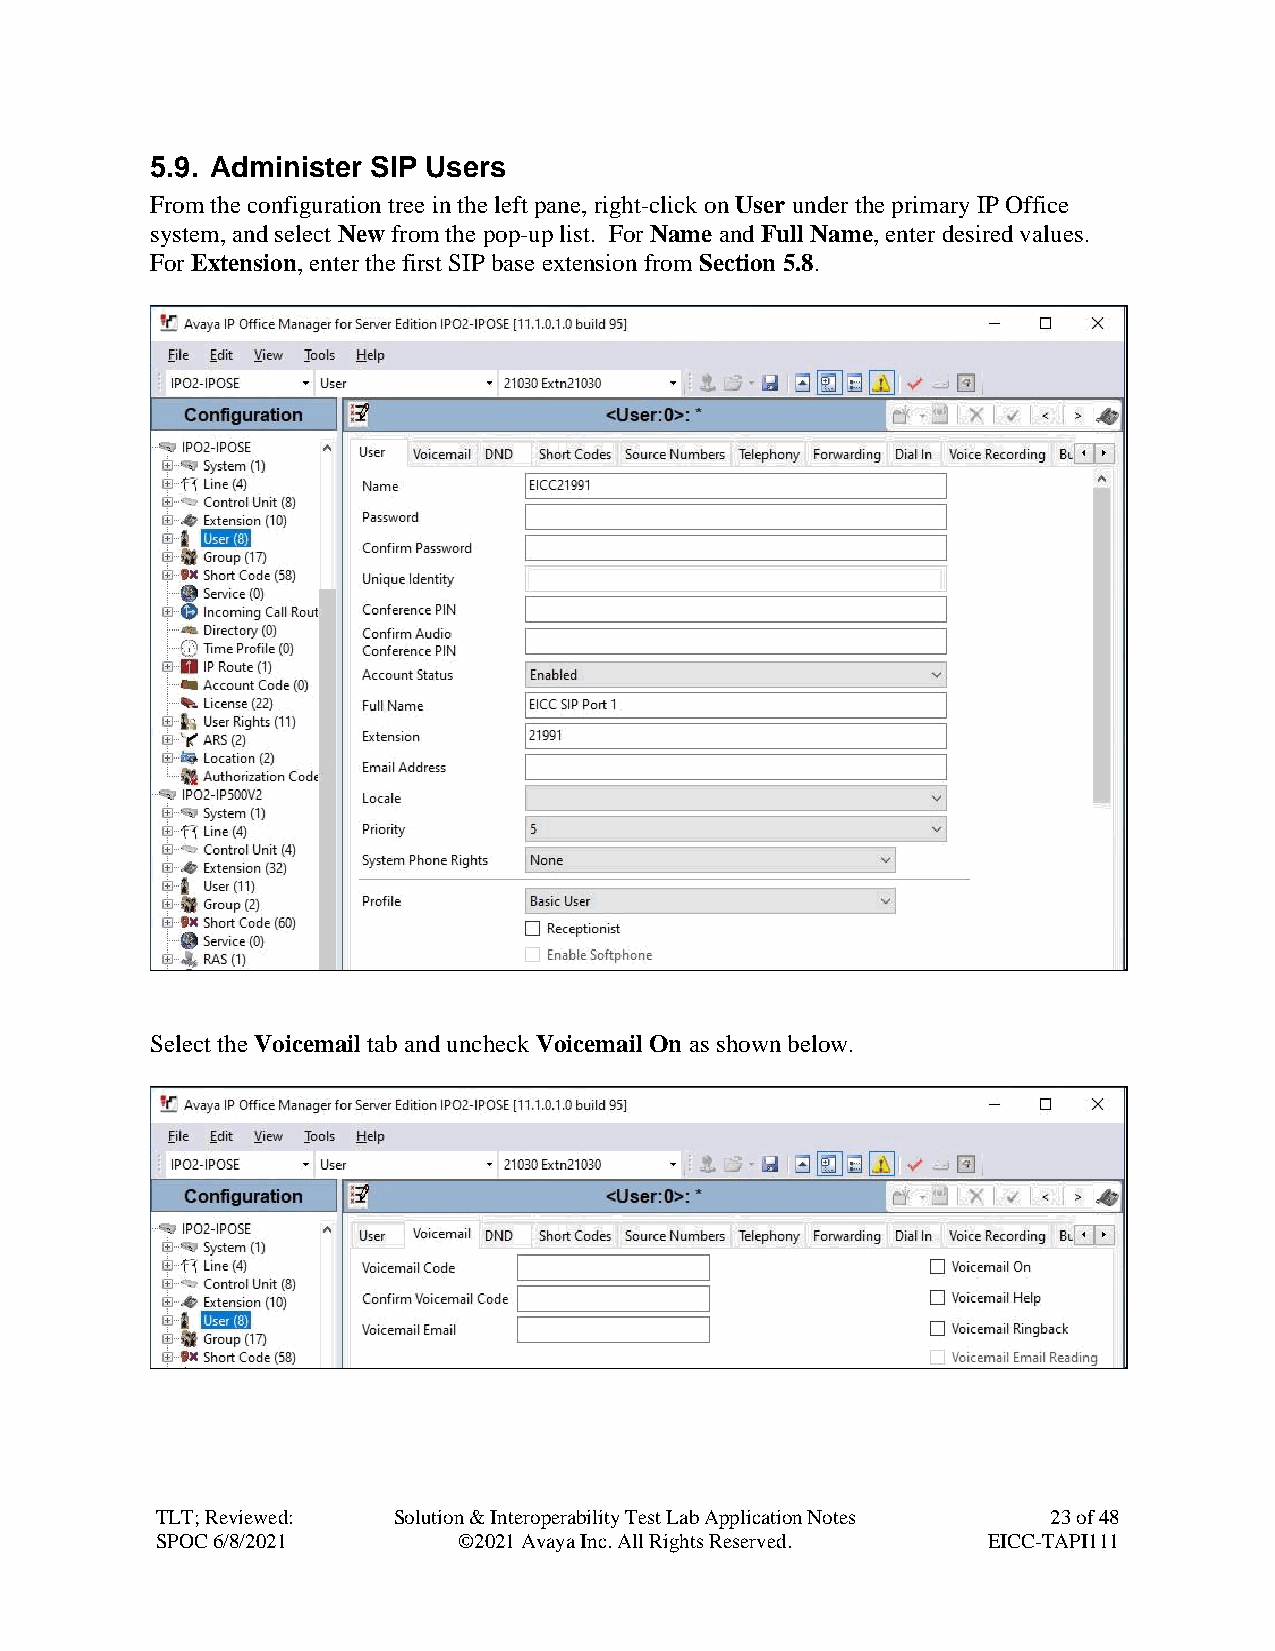
5.9. Administer SIP Users
 From the configuration tree in the left pane, right-click on User under the primary IP Office
 system, and select New from the pop-up list. For Name and Full Name, enter desired values.
 For Extension, enter the first SIP base extension from Section 5.8.
 Select the Voicemail tab and uncheck Voicemail On as shown below.
 TLT; Reviewed:  Solution & Interoperability Test Lab Application Notes 23 of 48
 SPOC 6/8/2021       ©2021 Avaya Inc. All Rights Reserved. EICC-TAPI111